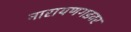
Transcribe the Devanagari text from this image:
नारायणगडवर